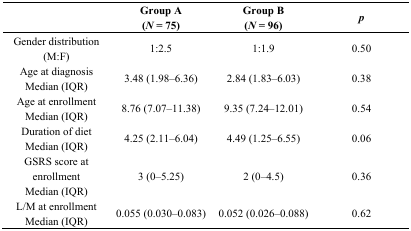
|  | Group A (N = 75) | Group B (N = 96) | p |
 | --- | --- | --- | --- |
 | Gender distribution (M:F) | 1:2.5 | 1:1.9 | 0.50 |
 | Age at diagnosis Median (IQR) | 3.48 (1.98–6.36) | 2.84 (1.83–6.03) | 0.38 |
 | Age at enrollment Median (IQR) | 8.76 (7.07–11.38) | 9.35 (7.24–12.01) | 0.54 |
 | Duration of diet Median (IQR) | 4.25 (2.11–6.04) | 4.49 (1.25–6.55) | 0.06 |
 | GSRS score at enrollment Median (IQR) | 3 (0–5.25) | 2 (0–4.5) | 0.36 |
 | L/M at enrollment Median (IQR) | 0.055 (0.030–0.083) | 0.052 (0.026–0.088) | 0.62 |